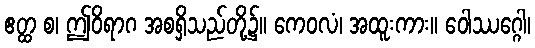
ဧတ္ထ စ၊ ဤဝိရာဂ အစရှိသည်တို့၌။ ကေဝလံ၊ အထူးကား။ ဝေါဿဂ္ဂေါ၊